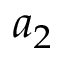
a _ { 2 }